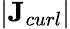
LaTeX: |\textbf{J}_{curl}|